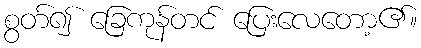
စွတ်၍ ခြေကုန်တင် ပြေးလေတော့၏။